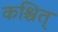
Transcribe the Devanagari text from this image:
कश्चित्‌